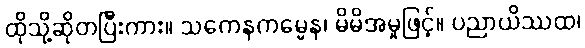
ထိုသို့ဆိုတပြီးကား။ သကေနကမ္မေန၊ မိမိအမှုဖြင့်။ ပညာယိဿထ၊